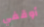
أوقفي